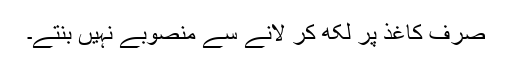
صرف کاغذ پر لکھ کر لانے سے منصوبے نہیں بنتے۔